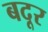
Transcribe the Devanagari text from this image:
बदूर